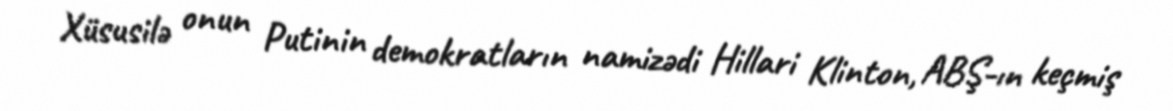
Xüsusilə onun Putinin demokratların namizədi Hillari Klinton, ABŞ-ın keçmiş